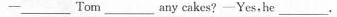
—Tom ____ any cakes?—Yes.he ____.